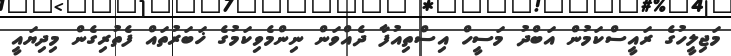
މަޖިލީހުގެ ރައީސްކަމުން އަބްދު މަސީހް އިސްތިއުފާ ދެއްވަން ނިންމެވިކަމުގެ ޚަބަރުތައް ފެތުރިގެން މިދިޔައީ